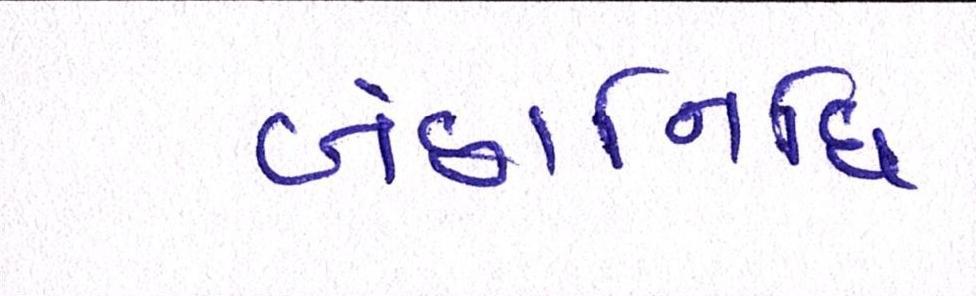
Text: બંછાનિધિ